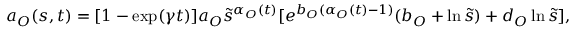
a _ { O } ( s , t ) = [ 1 - \exp ( \gamma t ) ] a _ { O } \tilde { s } ^ { \alpha _ { O } ( t ) } [ e ^ { b _ { O } ( \alpha _ { O } ( t ) - 1 ) } ( b _ { O } + \ln \tilde { s } ) + d _ { O } \ln \tilde { s } ] ,